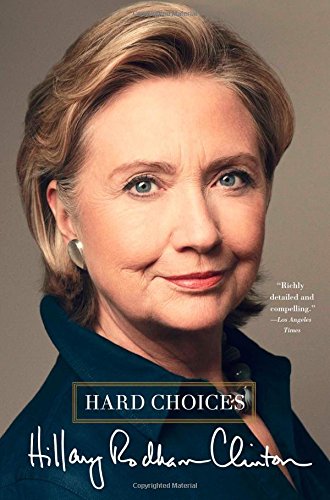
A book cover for Hard Choices; Hillary Rodham Clinton; Biographies & Memoirs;